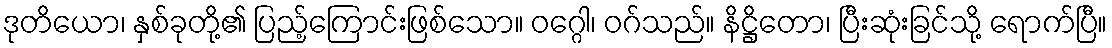
ဒုတိယော၊ နှစ်ခုတို့၏ ပြည့်ကြောင်းဖြစ်သော။ ဝဂ္ဂေါ၊ ဝဂ်သည်။ နိဋ္ဌိတော၊ ပြီးဆုံးခြင်သို့ ရောက်ပြီ။